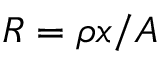
R = \rho x / A \,